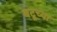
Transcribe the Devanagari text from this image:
बटूच्या